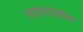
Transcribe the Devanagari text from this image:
त्यांनादेखील